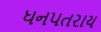
ધનપતરાય